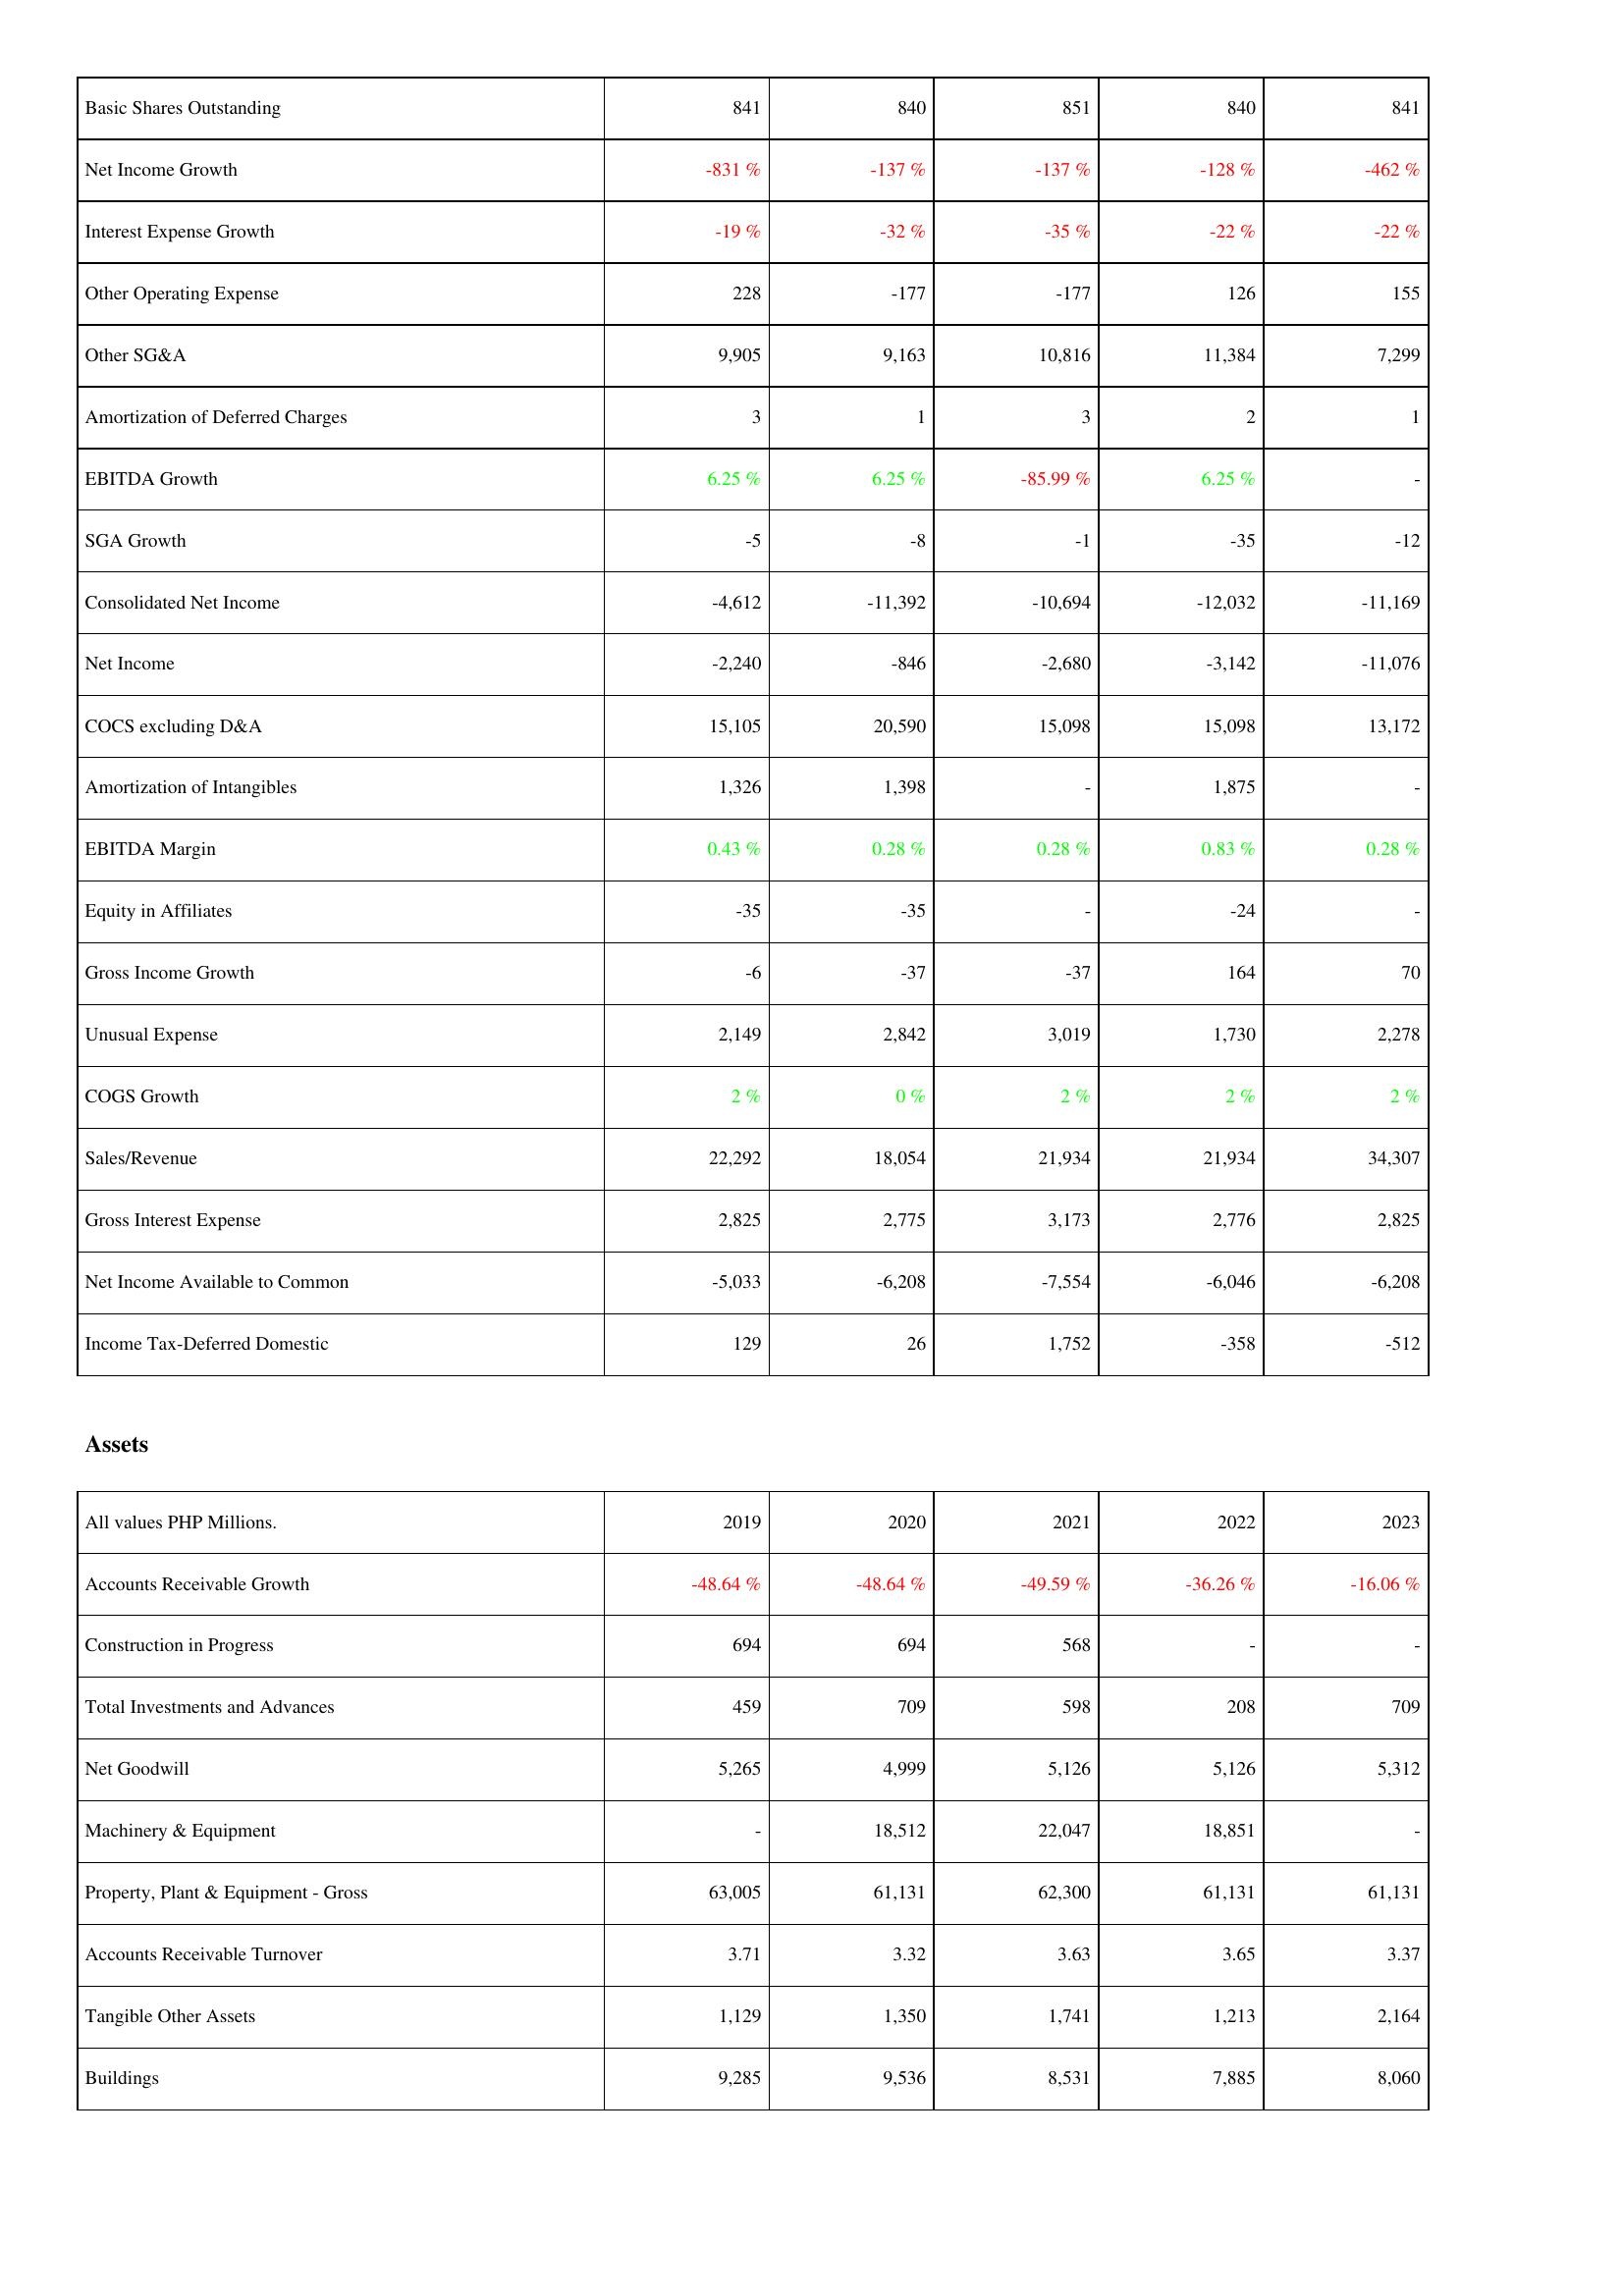
2019: Income Statement: Basic Shares Outstanding: 841
Net Income Growth: -831 %
Interest Expense Growth: -19 %
Other Operating Expense: 228
Other SG&A: 9,905
Amortization of Deferred Charges: 3
EBITDA Growth: 6.25 %
SGA Growth: -5
Consolidated Net Income: -4,612
Net Income: -2,240
COCS excluding D&A: 15,105
Amortization of Intangibles: 1,326
EBITDA Margin: 0.43 %
Equity in Affiliates: -35
Gross Income Growth: -6
Unusual Expense: 2,149
COGS Growth: 2 %
Sales/Revenue: 22,292
Gross Interest Expense: 2,825
Net Income Available to Common: -5,033
Income Tax-Deferred Domestic: 129
Assets: Accounts Receivable Growth: -48.64 %
Construction in Progress: 694
Total Investments and Advances: 459
Net Goodwill: 5,265
Machinery & Equipment: -
Property, Plant & Equipment - Gross: 63,005
Accounts Receivable Turnover: 3.71
Tangible Other Assets: 1,129
Buildings: 9,285
2020: Income Statement: Basic Shares Outstanding: 840
Net Income Growth: -137 %
Interest Expense Growth: -32 %
Other Operating Expense: -177
Other SG&A: 9,163
Amortization of Deferred Charges: 1
EBITDA Growth: 6.25 %
SGA Growth: -8
Consolidated Net Income: -11,392
Net Income: -846
COCS excluding D&A: 20,590
Amortization of Intangibles: 1,398
EBITDA Margin: 0.28 %
Equity in Affiliates: -35
Gross Income Growth: -37
Unusual Expense: 2,842
COGS Growth: 0 %
Sales/Revenue: 18,054
Gross Interest Expense: 2,775
Net Income Available to Common: -6,208
Income Tax-Deferred Domestic: 26
Assets: Accounts Receivable Growth: -48.64 %
Construction in Progress: 694
Total Investments and Advances: 709
Net Goodwill: 4,999
Machinery & Equipment: 18,512
Property, Plant & Equipment - Gross: 61,131
Accounts Receivable Turnover: 3.32
Tangible Other Assets: 1,350
Buildings: 9,536
2021: Income Statement: Basic Shares Outstanding: 851
Net Income Growth: -137 %
Interest Expense Growth: -35 %
Other Operating Expense: -177
Other SG&A: 10,816
Amortization of Deferred Charges: 3
EBITDA Growth: -85.99 %
SGA Growth: -1
Consolidated Net Income: -10,694
Net Income: -2,680
COCS excluding D&A: 15,098
Amortization of Intangibles: -
EBITDA Margin: 0.28 %
Equity in Affiliates: -
Gross Income Growth: -37
Unusual Expense: 3,019
COGS Growth: 2 %
Sales/Revenue: 21,934
Gross Interest Expense: 3,173
Net Income Available to Common: -7,554
Income Tax-Deferred Domestic: 1,752
Assets: Accounts Receivable Growth: -49.59 %
Construction in Progress: 568
Total Investments and Advances: 598
Net Goodwill: 5,126
Machinery & Equipment: 22,047
Property, Plant & Equipment - Gross: 62,300
Accounts Receivable Turnover: 3.63
Tangible Other Assets: 1,741
Buildings: 8,531
2022: Income Statement: Basic Shares Outstanding: 840
Net Income Growth: -128 %
Interest Expense Growth: -22 %
Other Operating Expense: 126
Other SG&A: 11,384
Amortization of Deferred Charges: 2
EBITDA Growth: 6.25 %
SGA Growth: -35
Consolidated Net Income: -12,032
Net Income: -3,142
COCS excluding D&A: 15,098
Amortization of Intangibles: 1,875
EBITDA Margin: 0.83 %
Equity in Affiliates: -24
Gross Income Growth: 164
Unusual Expense: 1,730
COGS Growth: 2 %
Sales/Revenue: 21,934
Gross Interest Expense: 2,776
Net Income Available to Common: -6,046
Income Tax-Deferred Domestic: -358
Assets: Accounts Receivable Growth: -36.26 %
Construction in Progress: -
Total Investments and Advances: 208
Net Goodwill: 5,126
Machinery & Equipment: 18,851
Property, Plant & Equipment - Gross: 61,131
Accounts Receivable Turnover: 3.65
Tangible Other Assets: 1,213
Buildings: 7,885
2023: Income Statement: Basic Shares Outstanding: 841
Net Income Growth: -462 %
Interest Expense Growth: -22 %
Other Operating Expense: 155
Other SG&A: 7,299
Amortization of Deferred Charges: 1
EBITDA Growth: -
SGA Growth: -12
Consolidated Net Income: -11,169
Net Income: -11,076
COCS excluding D&A: 13,172
Amortization of Intangibles: -
EBITDA Margin: 0.28 %
Equity in Affiliates: -
Gross Income Growth: 70
Unusual Expense: 2,278
COGS Growth: 2 %
Sales/Revenue: 34,307
Gross Interest Expense: 2,825
Net Income Available to Common: -6,208
Income Tax-Deferred Domestic: -512
Assets: Accounts Receivable Growth: -16.06 %
Construction in Progress: -
Total Investments and Advances: 709
Net Goodwill: 5,312
Machinery & Equipment: -
Property, Plant & Equipment - Gross: 61,131
Accounts Receivable Turnover: 3.37
Tangible Other Assets: 2,164
Buildings: 8,060